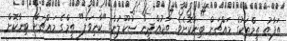
ތަފާތު ތީމްތަކުގެ މައްޗަށް ބިނާކޮށެވެ. ތާޖުއްދީން ސުކޫލުން "ކާނިވަލް" ތީމްގެ މައްޗަށް ބިނާކޮށް